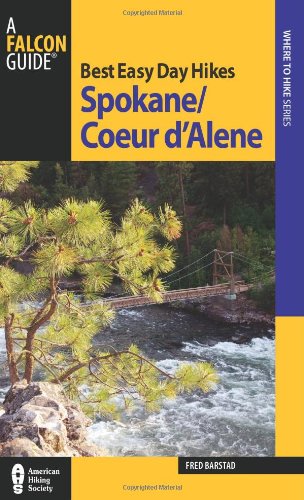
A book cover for Best Easy Day Hikes Spokane/Coeur d'Alene (Best Easy Day Hikes Series); Fred Barstad; Travel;